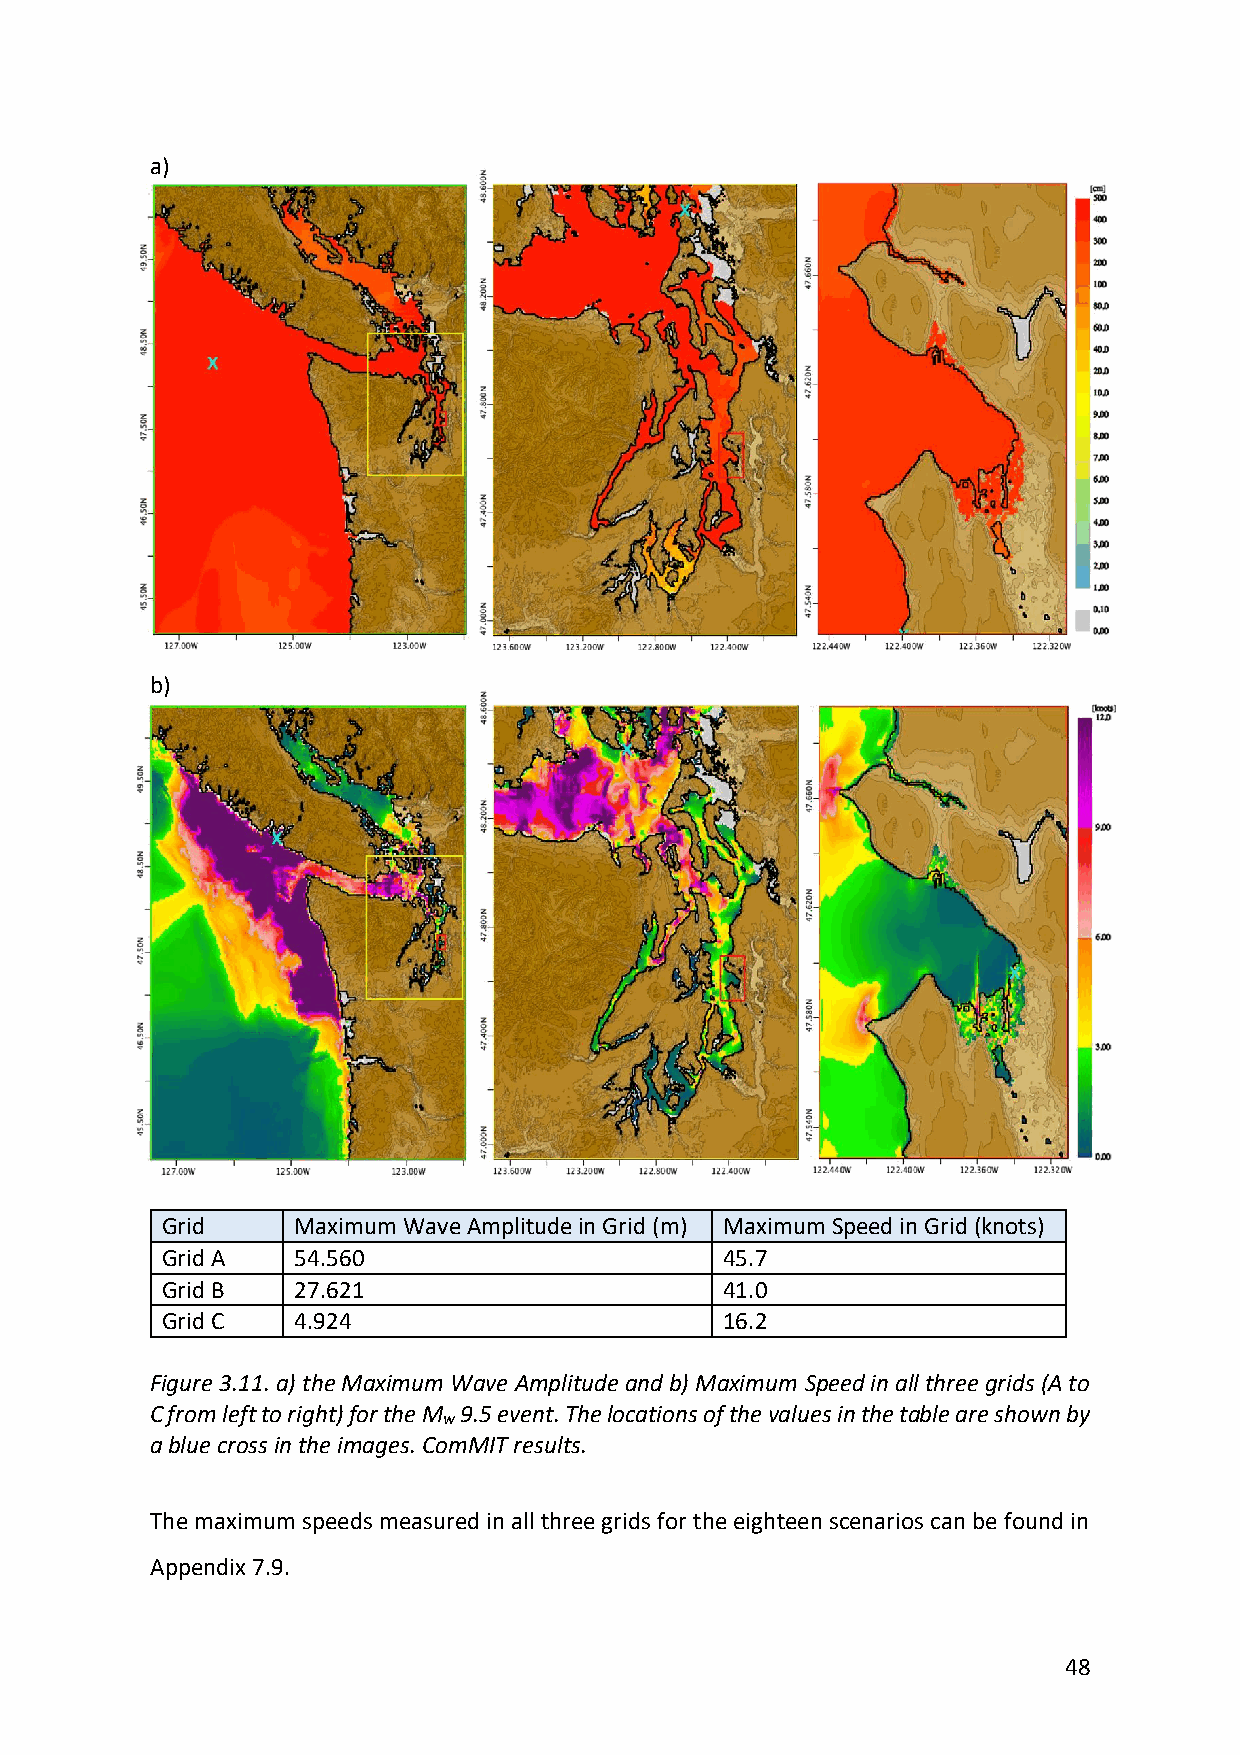
a)
 b)
 Grid    Maximum Wave Amplitude in Grid (m) Maximum Speed in Grid (knots)
 Grid A  54.560                       45.7
 Grid B  27.621                       41.0
 Grid C  4.924                        16.2
 Figure 3.11. a) the Maximum Wave Amplitude and b) Maximum Speed in all three grids (A to
 C from left to right) for the M 9.5 event. The locations of the values in the table are shown by
 w
 a blue cross in the images. ComMIT results.
 The maximum speeds measured in all three grids for the eighteen scenarios can be found in
 Appendix 7.9.
 48